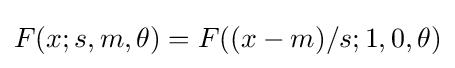
F(x;s,m,\theta )=F((x-m)/s;1,0,\theta )